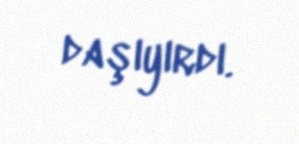
daşıyırdı.